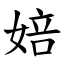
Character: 婄